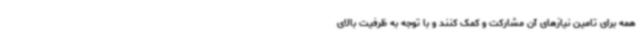
همه برای تامین نیازهای آن مشارکت و کمک کنند و با توجه به ظرفیت بالای